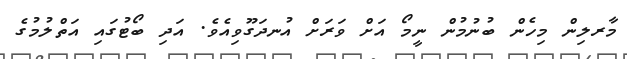
މާރލިން މިހެން ބުނުމުން ނީމޯ އަށް ވަރަށް އުނދަގޫވިއެވެ. އަދި ބޯޓުގައި އަތްލުމުގެ